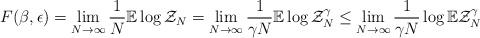
LaTeX: \begin{align*}F(\beta,\epsilon) =\lim_{N\rightarrow \infty}\limits \frac{1}{N} \mathbb{E}\log \mathcal{Z}_N=\lim_{N\rightarrow \infty}\limits \frac{1}{\gamma N} \mathbb{E}\log \mathcal{Z}_N^{\gamma}\leq \lim_{N\rightarrow \infty}\limits \frac{1}{\gamma N} \log \mathbb{E} \mathcal{Z}_N^{\gamma}\end{align*}